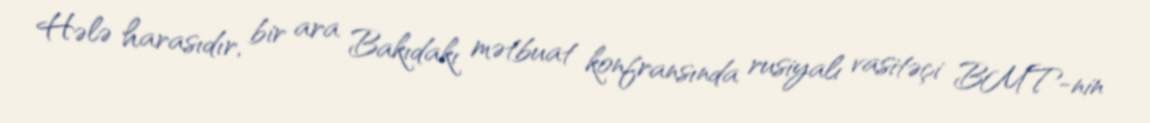
Hələ harasıdır, bir ara Bakıdakı mətbuat konfransında rusiyalı vasitəçi BMT-nin